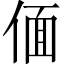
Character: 偭